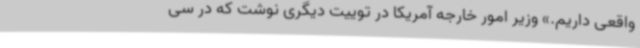
واقعی داریم.» وزیر امور خارجه آمریکا در توییت دیگری نوشت که در سی